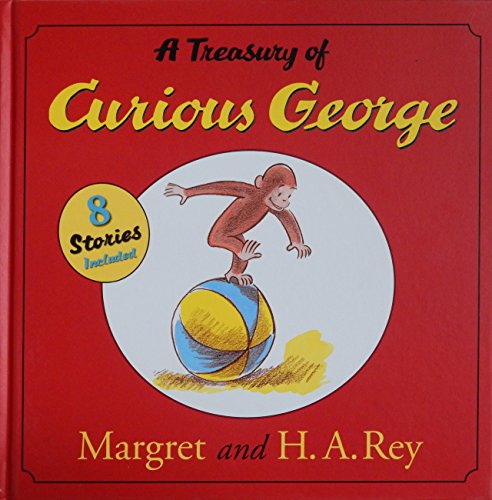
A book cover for A Treasury of Curious George; H. A. Rey; Children's Books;